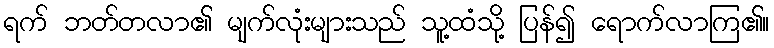
ရက် ဘတ်တလာ၏ မျက်လုံးများသည် သူ့ထံသို့ ပြန်၍ ရောက်လာကြ၏။